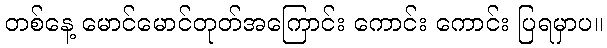
တစ်နေ့ မောင်မောင်တုတ်အကြောင်း ကောင်း ကောင်း ပြရမှာပ။